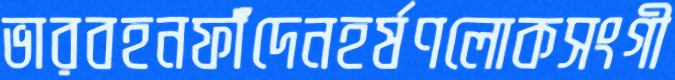
ভারবহনফাঁদেনহর্ষণলোকসংগী